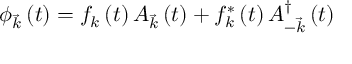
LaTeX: \phi _ { \vec { k } } \left( t \right) = f _ { k } \left( t \right) A _ { \vec { k } } \left( t \right) + f _ { k } ^ { * } \left( t \right) A _ { - \vec { k } } ^ { \dagger } \left( t \right)